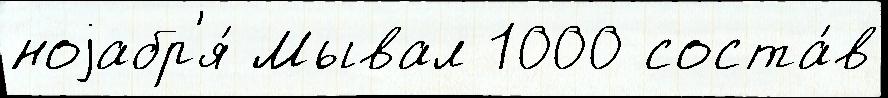
ноjабр'я́ Мывал 1000 соста́в